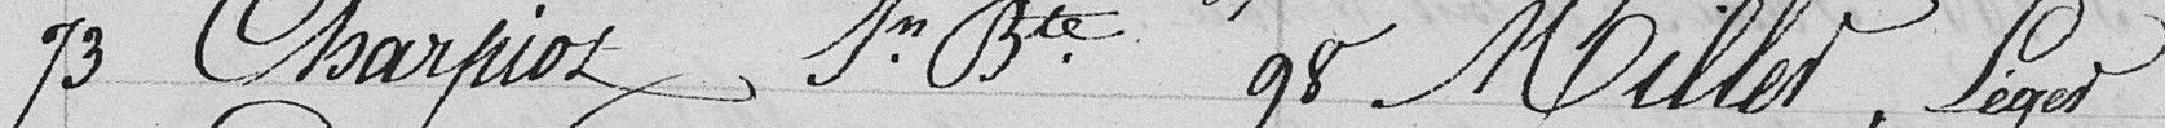
73 Charpiot, Jean-Baptiste       98 Miller, Léger